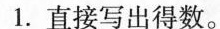
1.直接写出得数。